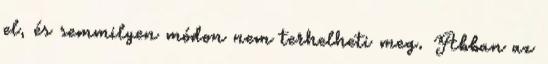
el, és semmilyen módon nem terhelheti meg. Abban az